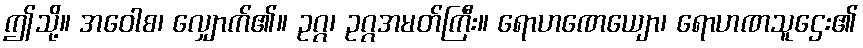
ဤသို့။ အဝေါစ၊ လျှောက်၏။ ဥဂ္ဂ၊ ဥဂ္ဂအမတ်ကြီး။ ရောဟဏေယျော၊ ရောဟဏသူဌေး၏